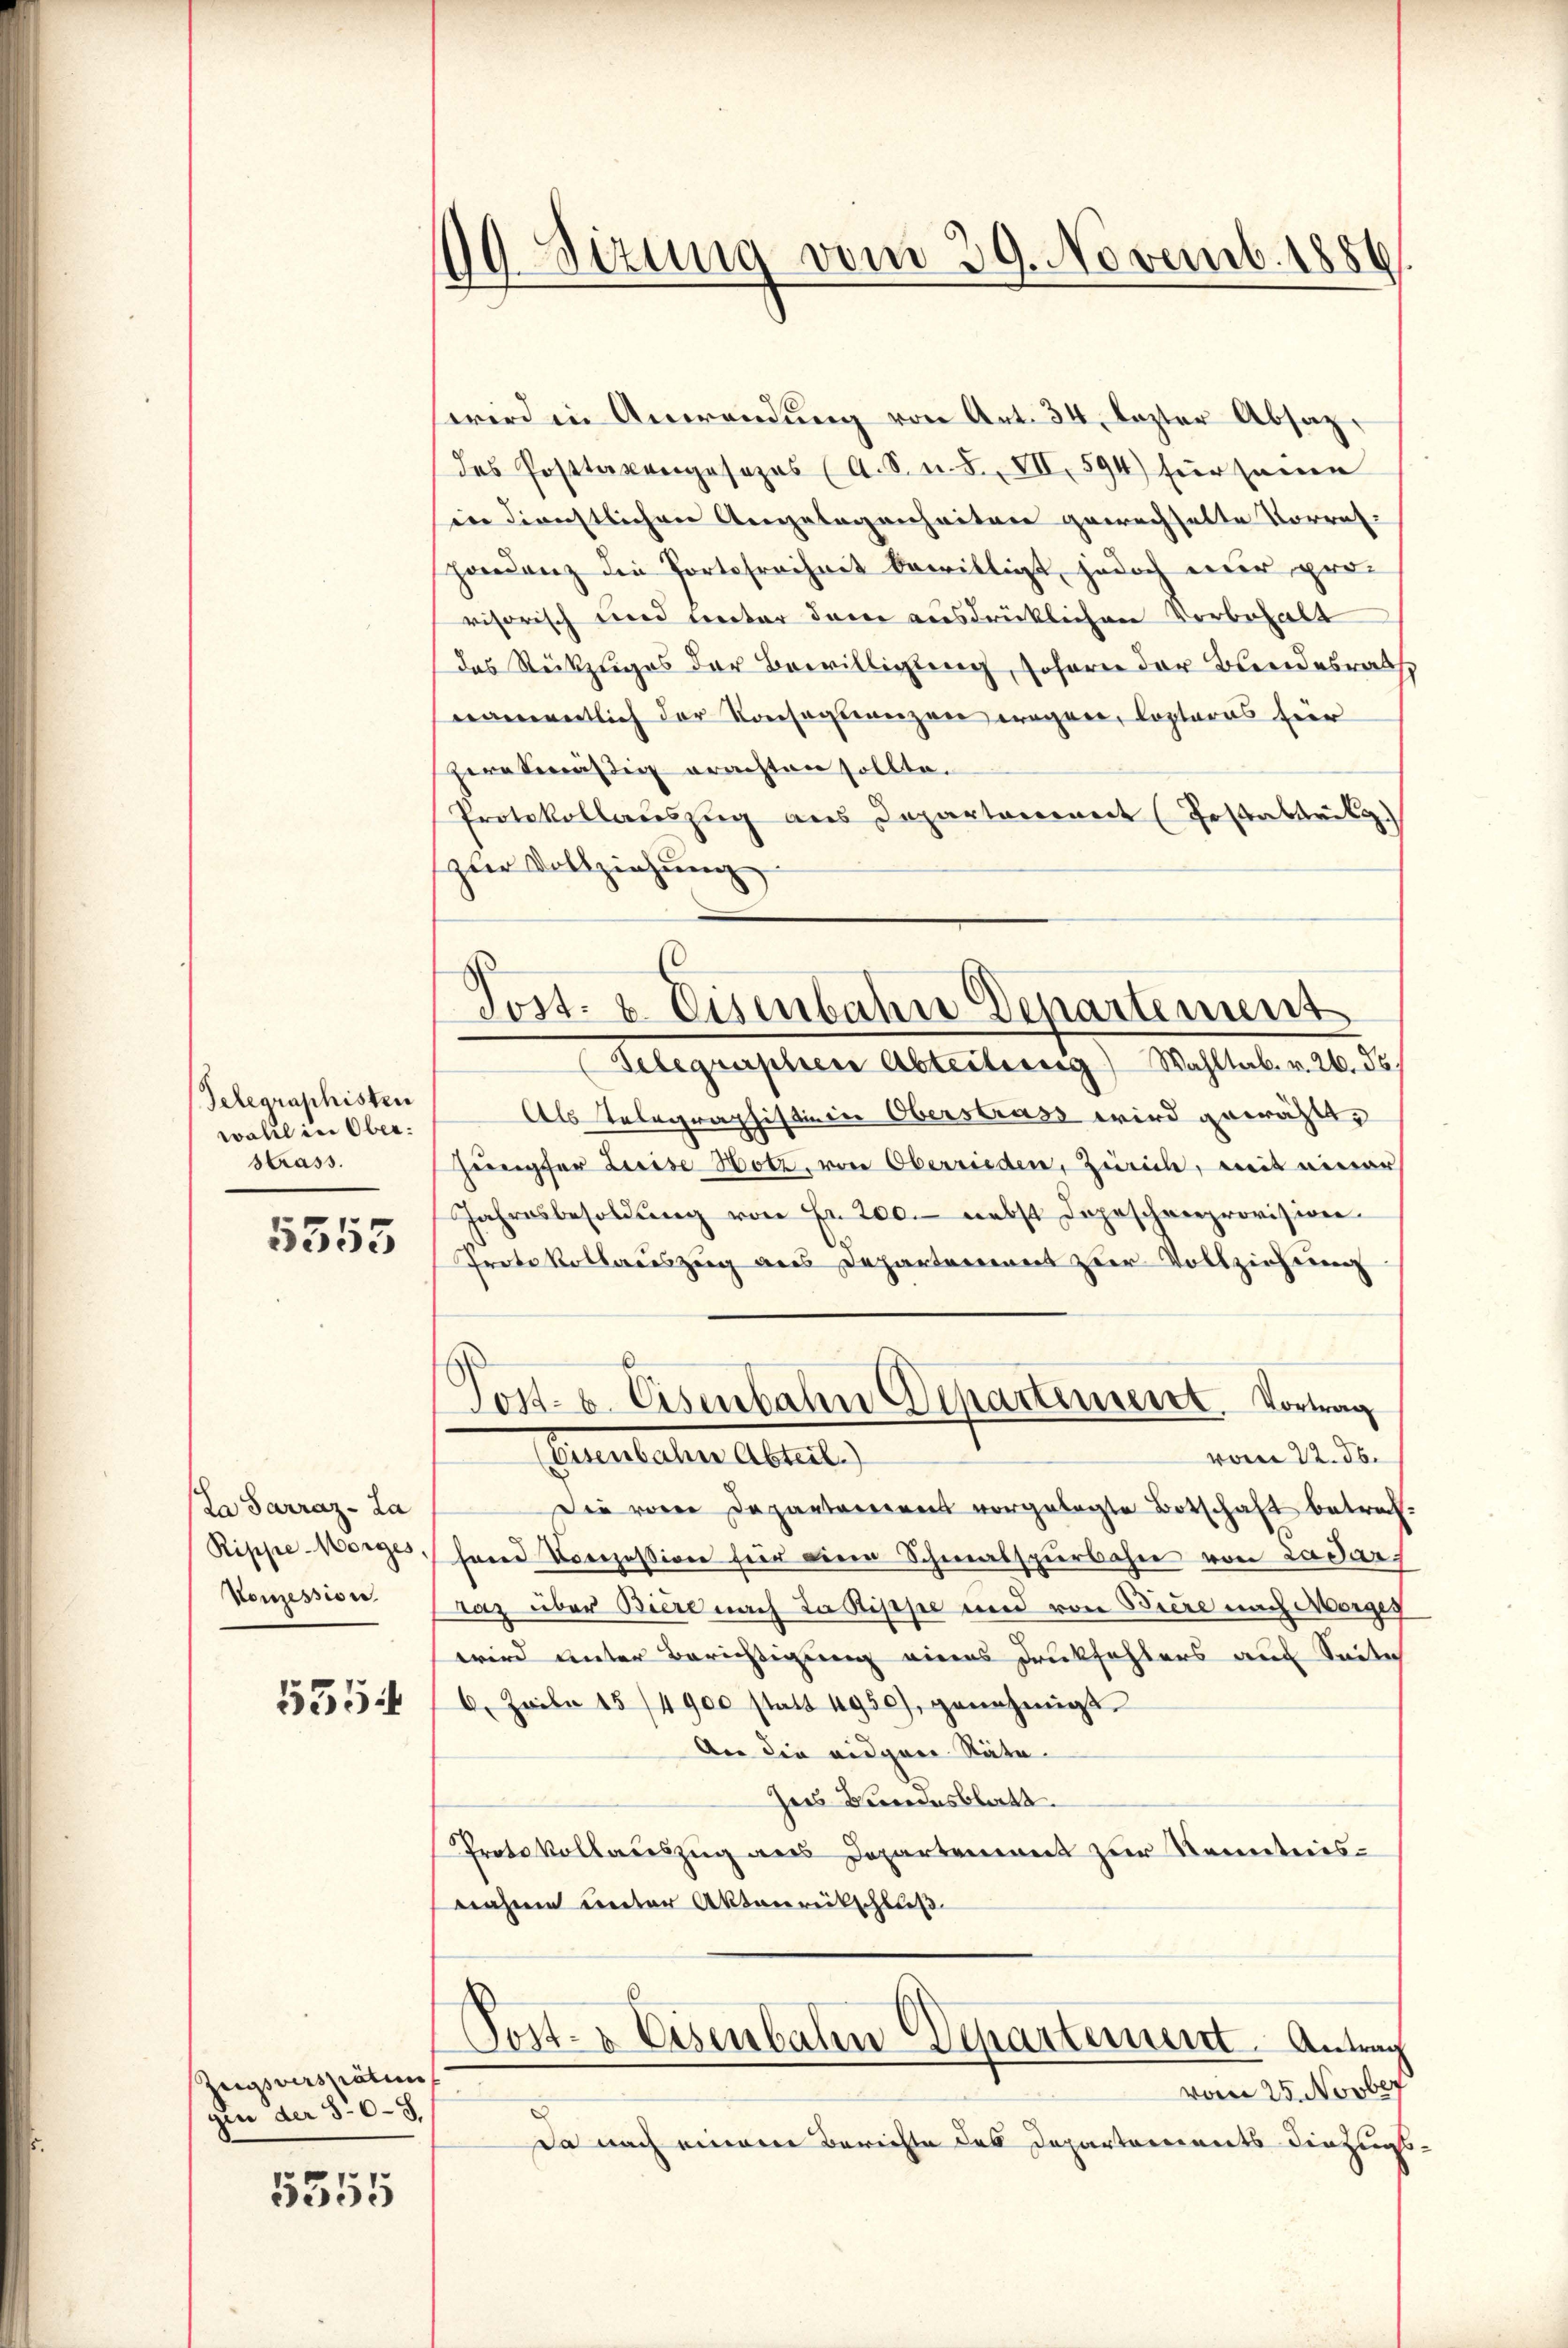
Telegraphisten
wahl in Ober
Strass.

5555

La Sarraz- La
Rippe-Morges,
Konzession

5554

Zugsverspätun
gen der 30-3.

5555

19Sizung vom 29. Novemb. 1886

wird in Anwendung von Art. 34, lezter Absaz,
des Posttaxengesezes (A. S. n. F. VII, 594) für seine
ier dienstlichen Angelegenheiten gewachselte Vorres-
hondenz die Portofreiheit bewilligt, jedoch der provisorisch und unter dem ausdrücklichen Vorbehalt
das Rückzuges der Bewilligung, sofern der Bundesrath
namentlich der Konseglanzen regner, Copteras fier
peratmäßig erachten sollte.
Protokollauszug aus Departement (Testabrikg
zur Vollziehung
Telegraphen Abteilung) Wahltab. v. 26. ds.
Als Telegraphistinen Oberstrass wird gewählt,
Jünger Luise Hotz, von Oberrieden, Zürich, mit einer
Jahresbesoldung von Fr. 200. nebst Dopeschenprovision.
Prete Vollauszug aus Departement zur Vollziehung
Post- u. Eisenbahn Departement. Vortrag
(Eisenbahne Abteil)
vom 22. d.
Die von Departement vorgelegte Botschaft betrach-
Hand Vorozessione für die Schmalspurbahn von Ladar
raz über Biere nach da Rippe und von Biere nach Morges
wird unter Berichtigung eines Druckfehlers aus Seite
6. Zeile 15 (4900 statt 4950), genehmigt.
An die eidgen Räte
Ines Bundesblatt.
Protokollauszug aus Departement zur Kenntnisnahme unter Aktenrückschließ
Post- & Eisenbahn Departement. Antrag
vom 25. Novber
Da nach einere Berichte des Departarinets derzugs

Post- & Eisenbahn Denartement